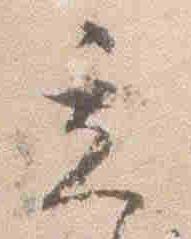
立